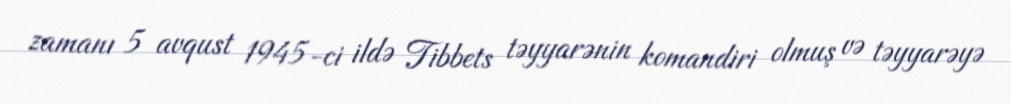
zamanı 5 avqust 1945-ci ildə Tibbets təyyarənin komandiri olmuş və təyyarəyə